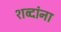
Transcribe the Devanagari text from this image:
शब्‍दांना